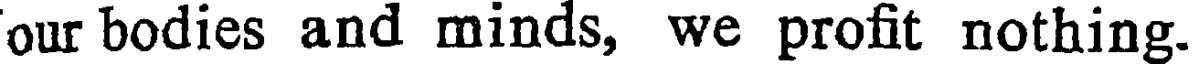
our bodies and minds, we profit nothing.